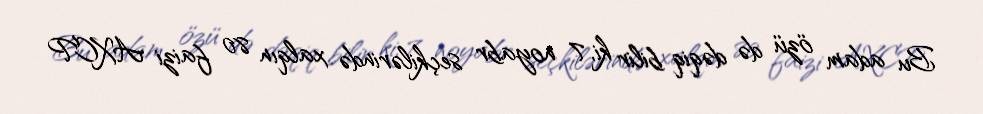
Bu adam özü də dəqiq bilir ki, 7 noyabr seçkilərində xalqın 80 faizi AXCP